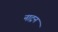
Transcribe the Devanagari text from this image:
नाट्रन